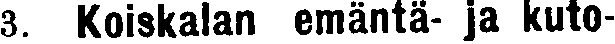
3. Koiskalan emäntä- ja kuto-